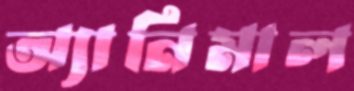
অ্যানিমাল